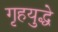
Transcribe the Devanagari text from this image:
गृहयुद्धे